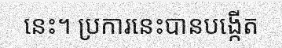
នេះ។ ប្រការនេះបានបង្កើត